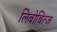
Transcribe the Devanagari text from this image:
लिबोबित्ज़